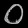
Digit: ၀